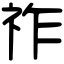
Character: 祚